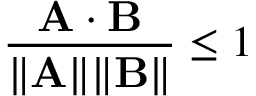
{ \frac { \mathbf { A \cdot B } } { \| \mathbf { A } \| \| \mathbf { B } \| } } \leq 1